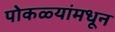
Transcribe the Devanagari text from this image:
पोकळ्यांमधून